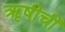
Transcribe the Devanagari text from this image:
ॠषीची